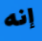
إنه